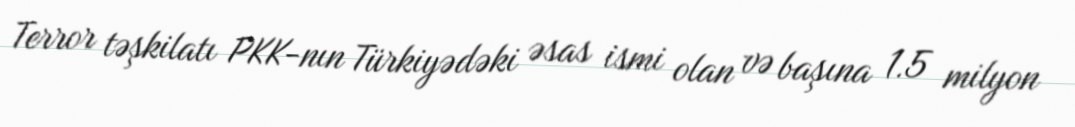
Terror təşkilatı PKK-nın Türkiyədəki əsas ismi olan və başına 1.5 milyon